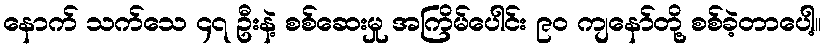
နောက် သက်သေ ၄၇ ဦးနဲ့ စစ်ဆေးမှု အကြိမ်ပေါင်း ၉၀ ကျနော်တို့ စစ်ခဲ့တာပေါ့။